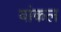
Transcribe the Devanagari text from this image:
वांकल